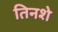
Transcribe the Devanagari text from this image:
तिनशे